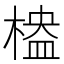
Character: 𣖮